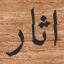
اثار